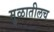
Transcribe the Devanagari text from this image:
मुळातीलच